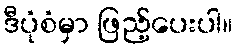
ဒီပုံစံမှာ ဖြည့်ပေးပါ။